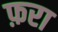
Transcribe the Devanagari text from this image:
फ़रा